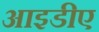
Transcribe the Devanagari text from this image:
आइडीए